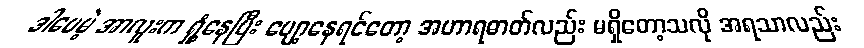
ဒါပေမဲ့ အာလူးက ရှုံ့နေပြီး ပျော့နေရင်တော့ အဟာရဓာတ်လည်း မရှိတော့သလို အရသာလည်း